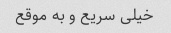
خیلی سریع و به موقع